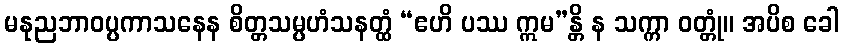
မနုညဘာဝပ္ပကာသနေန စိတ္တသမ္ပဟံသနတ္ထံ “ဧဟိ ပဿ ဣမ”န္တိ န သက္ကာ ဝတ္တုံ။ အပိစ ခေါ